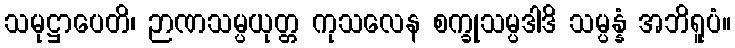
သမုဋ္ဌာပေတိ၊ ဉာဏသမ္ပယုတ္တ ကုသလေန စက္ခုသမ္ပဒါဒိ သမ္ပန္နံ အဘိရူပံ။